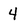
Character: 4